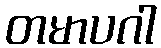
တမာပဂါ